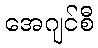
အေဂျင်စီ